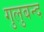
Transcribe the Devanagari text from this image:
गुलुबन्द